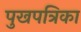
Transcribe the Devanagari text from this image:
पुखपत्रिका